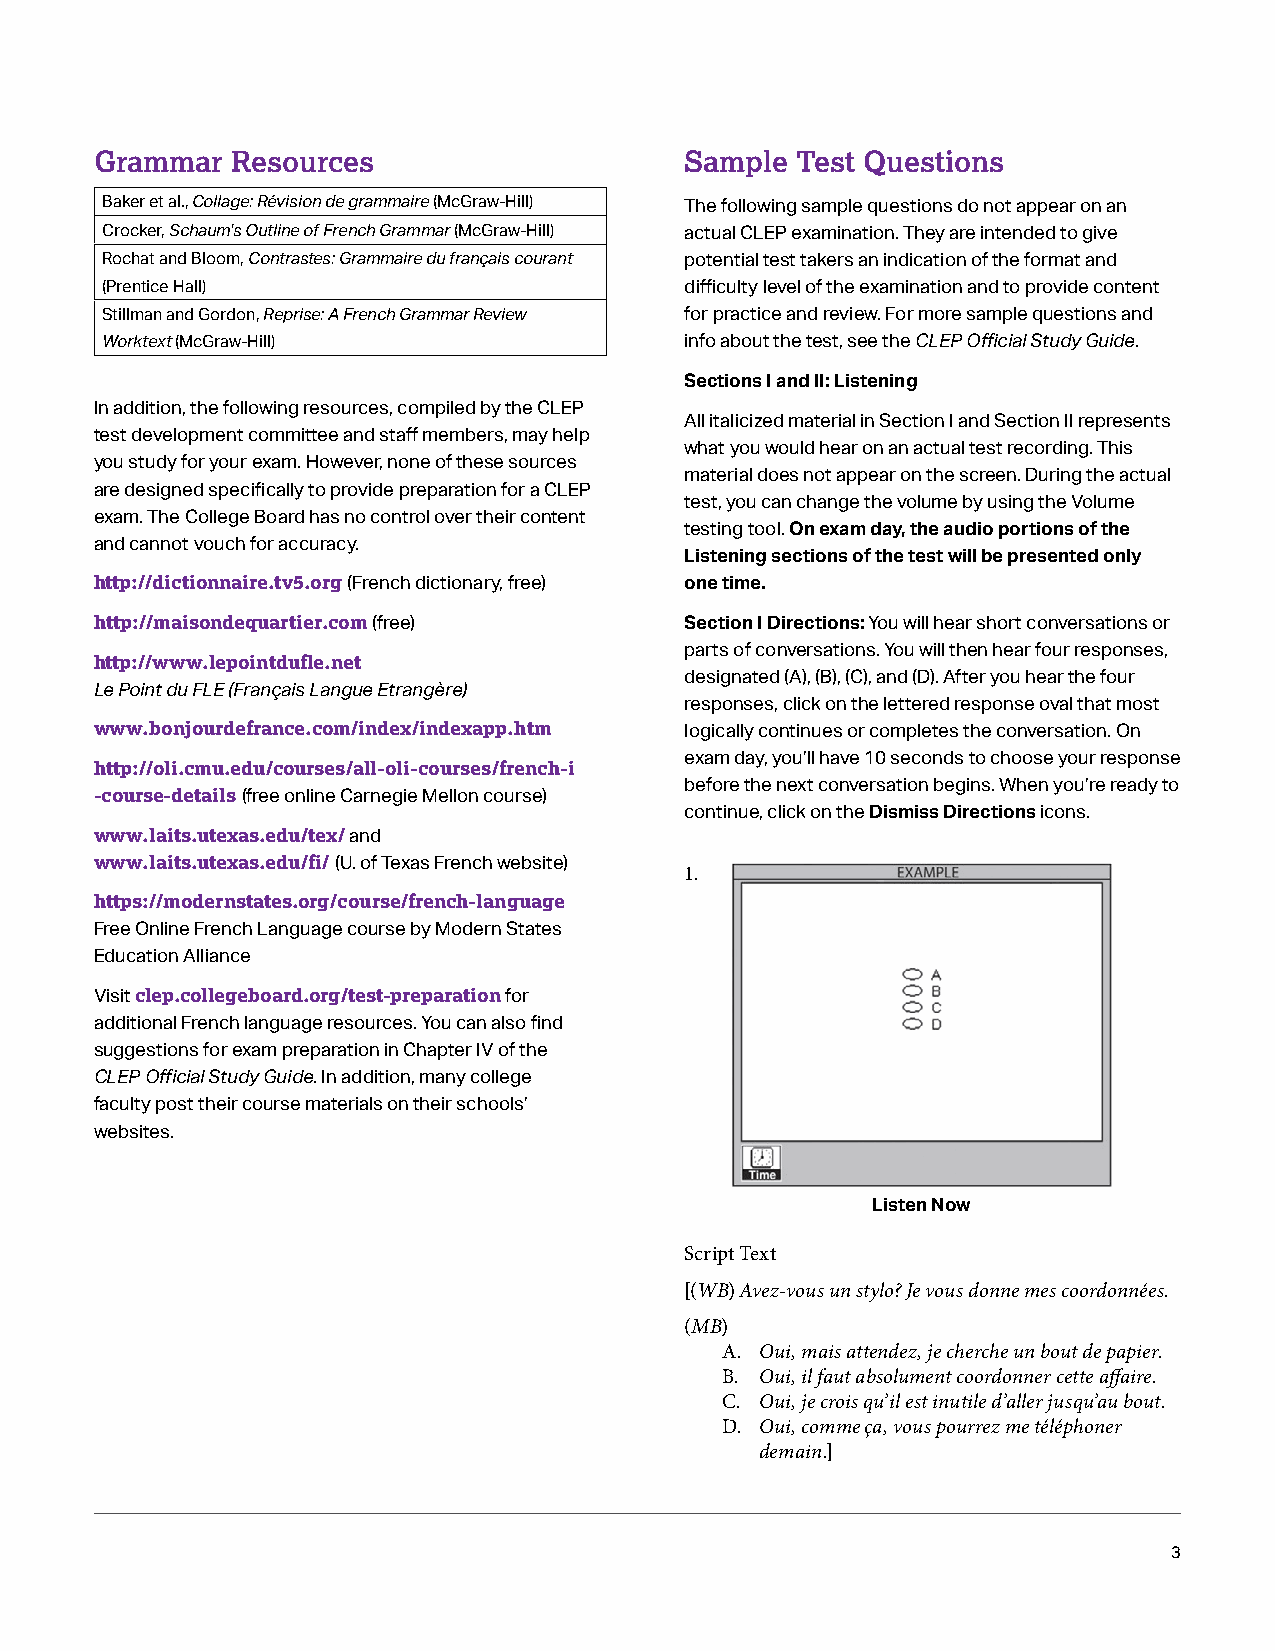
Grammar  Resources                     Sample  Test Questions
 Baker et al., Collage: Révision de grammaire (McGraw-Hill) The following sample questions do not appear on an
 Crocker, Schaum's Outline of French Grammar (McGraw-Hill) actual CLEP examination. They are intended to give
 Rochat and Bloom, Contrastes: Grammaire du français courant potential test takers an indication of the format and
 (Prentice Hall)                       difficulty level of the examination and to provide content
 Stillman and Gordon, Reprise: A French Grammar Review for practice and review. For more sample questions and
 Worktext (McGraw-Hill)                info about the test, see the CLEP Official Study Guide.
 Sections I and II: Listening
 In addition, the following resources, compiled by the CLEP
 All italicized material in Section I and Section II represents
 test development committee and staff members, may help
 what you would hear on an actual test recording. This
 you study for your exam. However, none of these sources
 material does not appear on the screen. During the actual
 are designed specifically to provide preparation for a CLEP
 test, you can change the volume by using the Volume
 exam. The College Board has no control over their content
 testing tool. On exam day, the audio portions of the
 and cannot vouch for accuracy.
 Listening sections of the test will be presented only
 http://dictionnaire.tv5.org
 (French dictionary, free) one time.
 http://maisondequartier.com
 (free)              Section I Directions: You will hear short conversations or
 http://www.lepointdufle.net            parts of conversations. You will then hear four responses,
 designated (A), (B), (C), and (D). After you hear the four
 Le Point du FLE (Français Langue Etrangère)
 responses, click on the lettered response oval that most
 www.bonjourdefrance.com/index/indexapp.htm
 logically continues or completes the conversation. On
 http://oli.cmu.edu/courses/all-oli-courses/french-i exam day, you’ll have 10 seconds to choose your response
 -course-details                        before the next conversation begins. When you’re ready to
 (free online Carnegie Mellon course)
 continue, click on the Dismiss Directions icons.
 www.laits.utexas.edu/tex/
 and
 www.laits.utexas.edu/fi/
 (U. of Texas French website) 1.
 https://modernstates.org/course/french-language
 Free Online French Language course by Modern States
 Education Alliance
 clep.collegeboard.org/test-preparation
 Visit                      for
 additional French language resources. You can also find
 suggestions for exam preparation in Chapter IV of the
 CLEP Official Study Guide. In addition, many college
 faculty post their course materials on their schools’
 websites.
 Listen Now
 Script Text
 [(WB) Avez-vous un stylo? Je vous donne mes coordonnées.
 (MB)
 A. Oui, mais attendez, je cherche un bout de papier.
 B. Oui, il faut absolument coordonner cette affaire.
 C. Oui, je crois qu’il est inutile d’aller jusqu’au bout.
 D. Oui, comme ça, vous pourrez me téléphoner
 demain.]
 3